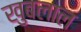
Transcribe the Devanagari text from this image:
खुबलाल